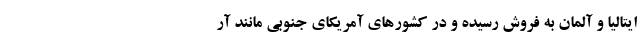
ایتالیا و آلمان به فروش رسیده و در کشورهای آمریکای جنوبی مانند آر